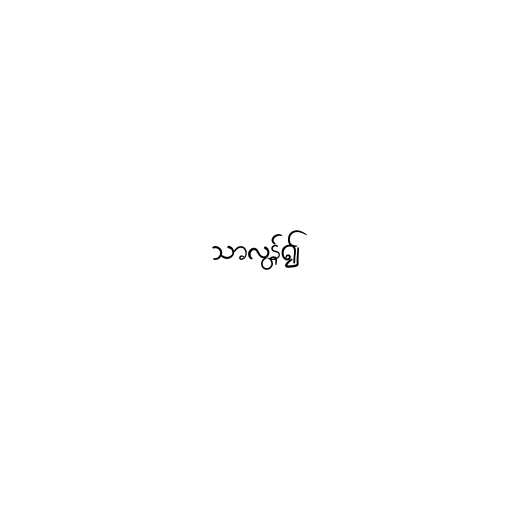
သာလွန်၍